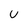
Character: U